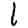
Digit: 1